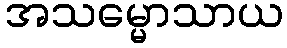
အသမ္မောသာယ